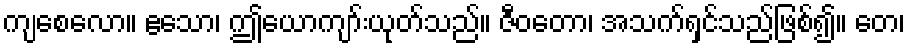
ကျစေလော။ ဧသော၊ ဤယောကျာ်းယုတ်သည်။ ဇီဝတော၊ အသက်ရှင်သည်ဖြစ်၍။ တေ၊